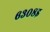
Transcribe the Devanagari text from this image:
६३०८इ